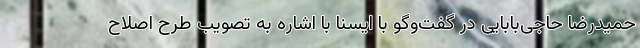
حمیدرضا حاجی‌بابایی در گفت‌وگو با ایسنا با اشاره به تصویب طرح اصلاح